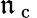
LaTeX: \mathfrak{n}_{\mathrm{{~c~}}}